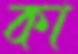
কা